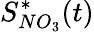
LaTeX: S_{NO_{3}}^{*}(t)